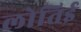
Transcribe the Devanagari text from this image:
लोतिई